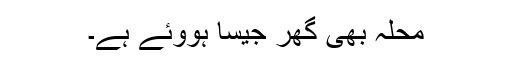
محلہ بھی گھر جیسا ہووئے ہے۔